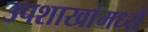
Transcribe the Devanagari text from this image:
उपशाखांमध्ये